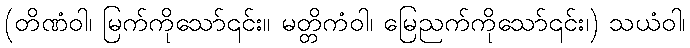
(တိဏံဝါ၊ မြက်ကိုသော်၎င်း။ မတ္တိကံဝါ၊ မြေညက်ကိုသော်၎င်း၊) သယံဝါ၊